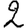
Digit: 2